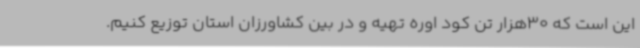
این است که 30هزار تن کود اوره تهیه و در بین کشاورزان استان توزیع کنیم.